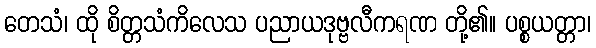
တေသံ၊ ထို စိတ္တသံကိလေသ ပညာယဒုဗ္ဗလီကရဏ တို့၏။ ပစ္စယတ္တာ၊